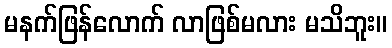
မနက်ဖြန်လောက် လာဖြစ်မလား မသိဘူး။